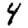
Digit: 4